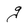
Character: g